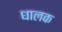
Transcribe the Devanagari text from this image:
धालक